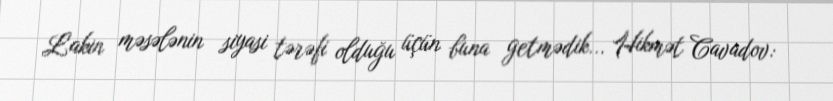
Lakin məsələnin siyasi tərəfi olduğu üçün buna getmədik... Hikmət Cavadov: